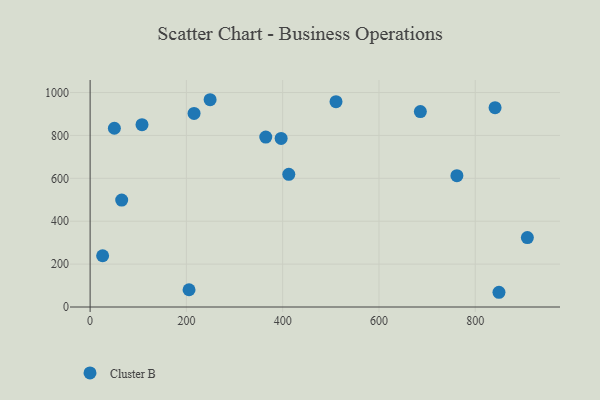
{"axis": {"x": "Distance", "y": "Fuel Efficiency"}, "legend": ["Cluster B"], "data": [{"x": "107.8", "y": 850.3, "type": "Cluster B"}, {"x": "396.8", "y": 785.8, "type": "Cluster B"}, {"x": "65.6", "y": 498.6, "type": "Cluster B"}, {"x": "908.3", "y": 323.8, "type": "Cluster B"}, {"x": "412.7", "y": 618.6, "type": "Cluster B"}, {"x": "50.4", "y": 833.4, "type": "Cluster B"}, {"x": "686.0", "y": 911.2, "type": "Cluster B"}, {"x": "249.3", "y": 966.4, "type": "Cluster B"}, {"x": "841.2", "y": 929.2, "type": "Cluster B"}, {"x": "510.8", "y": 957.1, "type": "Cluster B"}, {"x": "205.5", "y": 80.4, "type": "Cluster B"}, {"x": "26.0", "y": 239.1, "type": "Cluster B"}, {"x": "849.3", "y": 68.7, "type": "Cluster B"}, {"x": "215.9", "y": 902.3, "type": "Cluster B"}, {"x": "364.9", "y": 792.3, "type": "Cluster B"}, {"x": "761.9", "y": 612.5, "type": "Cluster B"}]}